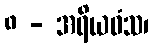
၈ - အရိယဝံသ၊